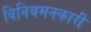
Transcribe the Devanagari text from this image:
विनियमनकारी